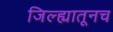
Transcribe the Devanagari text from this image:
जिल्ह्यातूनच